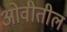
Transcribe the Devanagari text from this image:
ओवीतील